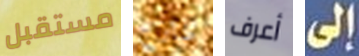
مستقبل طازج أعرف إلى